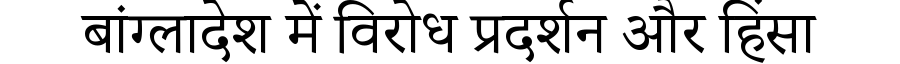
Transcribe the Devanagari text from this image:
बांग्लादेश में विरोध प्रदर्शन और हिंसा